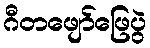
ဂီတဖျော်ဖြေပွဲ